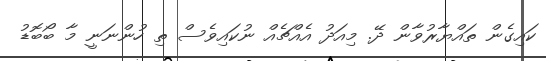
ކައިގެން ތައްޔާރުވާން ދޭ. މިއަދު އެއްޗެއް ނުކައިވެސް ތި ހުންނަނީ މާ ބޯބޮޑު